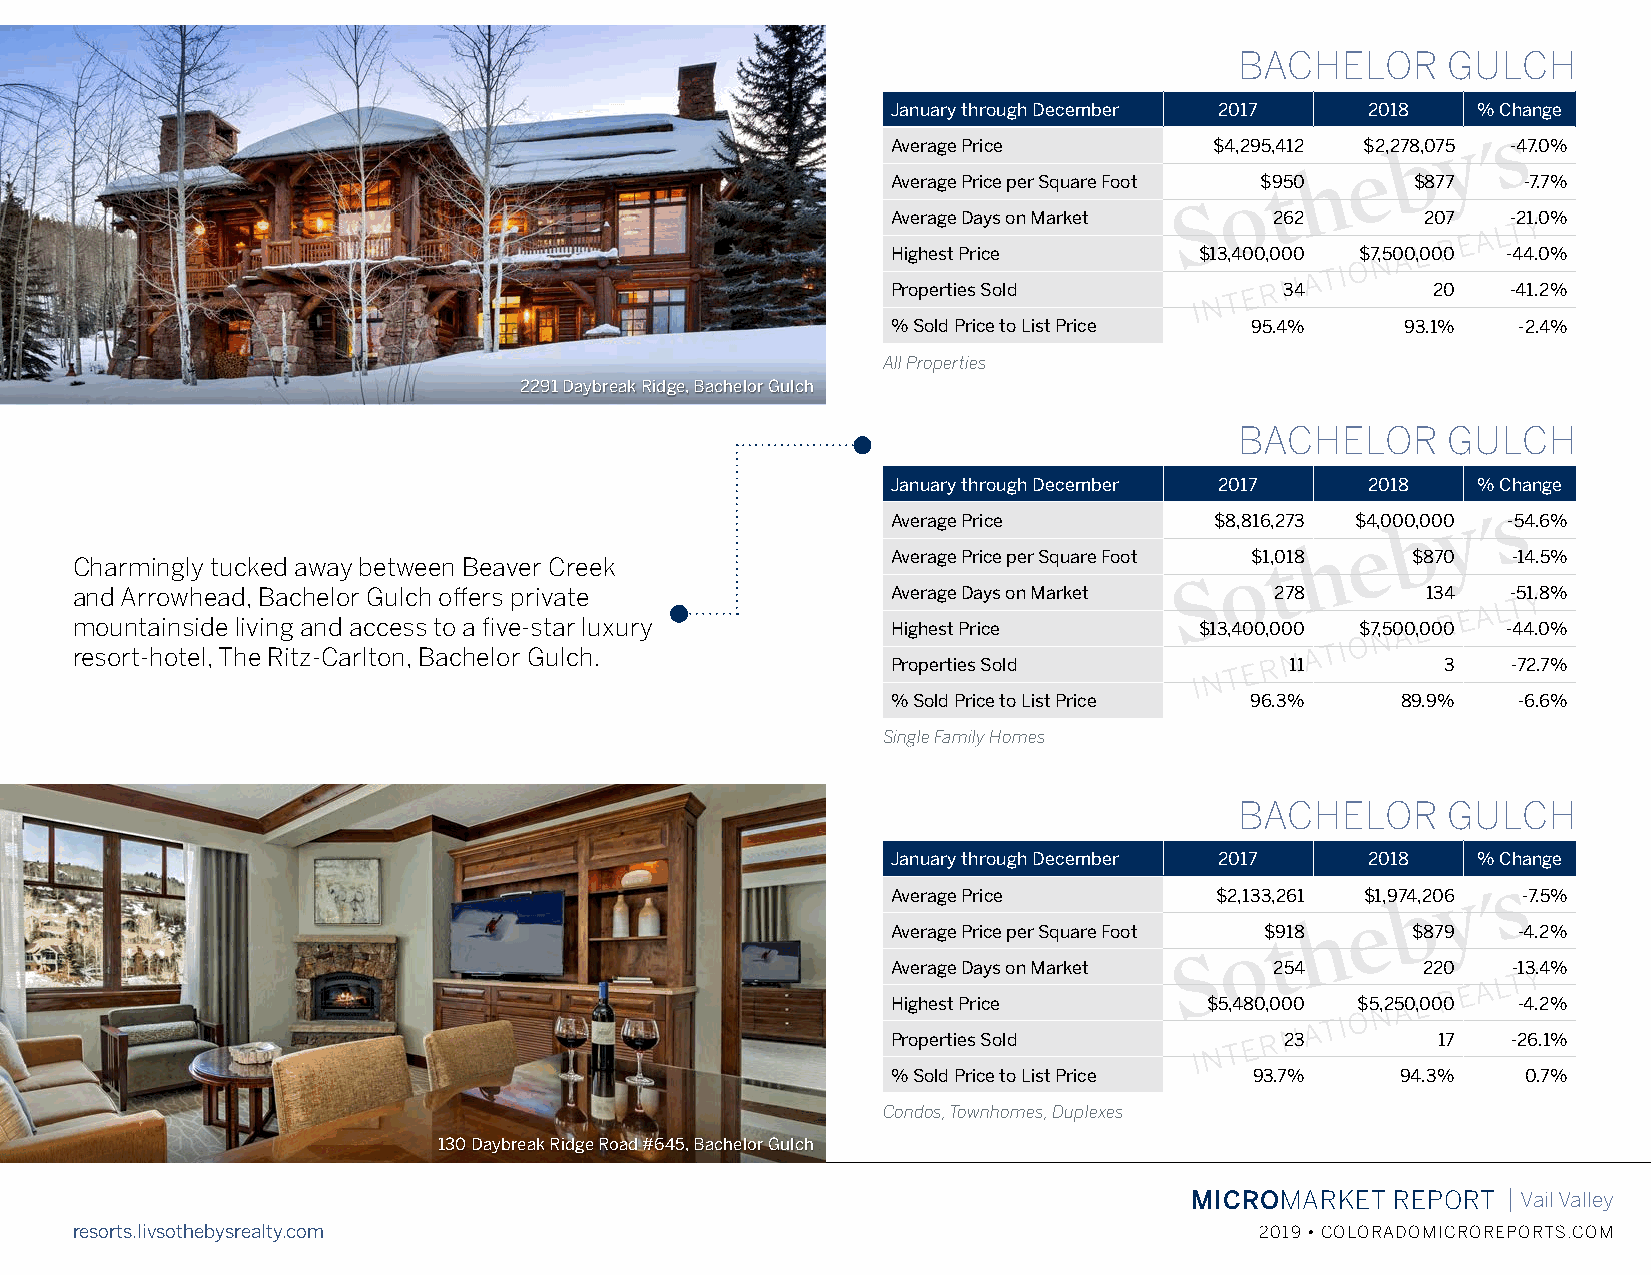
BACHELOR      GULCH
 January through December 2017   2018   % Change
 Average Price        $4,295,412 $2,278,075 -47.0%
 Average Price per Square Foot $950 $877   -7.7%
 Average Days on Market   262       207   -21.0%
 Highest Price       $13,400,000 $7,500,000 -44.0%
 Properties Sold           34        20   -41.2%
 % Sold Price to List Price 95.4%  93.1%  -2.4%
 All Properties
 2291 Daybreak Ridge, Bachelor Gulch
 BACHELOR      GULCH
 January through December 2017   2018   % Change
 Average Price        $8,816,273 $4,000,000 -54.6%
 Average Price per Square Foot $1,018 $870 -14.5%
 Charmingly tucked away between Beaver Creek
 and Arrowhead, Bachelor Gulch offers private          Average Days on Market   278       134   -51.8%
 mountainside living and access to a five-star luxury  Highest Price       $13,400,000 $7,500,000 -44.0%
 resort-hotel, The Ritz-Carlton, Bachelor Gulch.
 Properties Sold           11         3   -72.7%
 % Sold Price to List Price 96.3%  89.9%  -6.6%
 Single Family Homes
 12 Cabin Creek Lane, Arrowhead
 BACHELOR      GULCH
 January through December 2017   2018   % Change
 Average Price        $2,133,261 $1,974,206 -7.5%
 Average Price per Square Foot $918 $879  -4.2%
 Average Days on Market   254       220   -13.4%
 Highest Price        $5,480,000 $5,250,000 -4.2%
 Properties Sold           23        17   -26.1%
 % Sold Price to List Price 93.7%  94.3%   0.7%
 Condos, Townhomes, Duplexes
 130 Daybreak Ridge Road #645, Bachelor Gulch
 MICROMARKET  REPORT  | Vail Valley
 resorts.livsothebysrealty.com                                                 2019 • COLORADOMICROREPORTS.COM